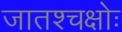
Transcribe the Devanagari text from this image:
जातश्चक्षोः